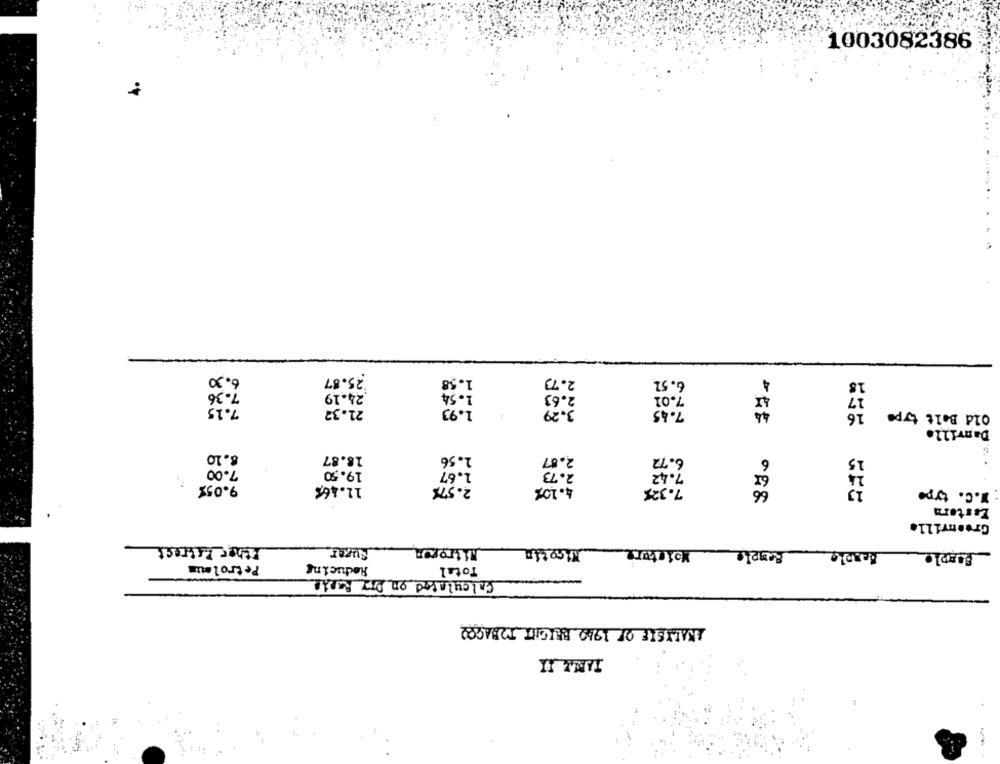
1003082386
6.30
25.87
1.58
2.73
6.51
4
18
7.36
.24.19
1.54
2.63
7.01
17
7.15
21.32
1.93
3.29
7.45
16
Old Belt type
Danville
8.10
18.87
1.56
2.87
6.72
15
6
7.00
19.50
1.67
2.73
7.42
9.05%
11.46%
2.575
4.107
7.325
13
W.C. type
Eastern
Greenville
Either Litrest
Super
Nitrogen
Nicotin
PeggleMoisture
Petroleum
Reducing
Total
Calculated on Dry Reple
ANALYSIE OF 1940 BRIGHT TOBAGOD
TARAY II